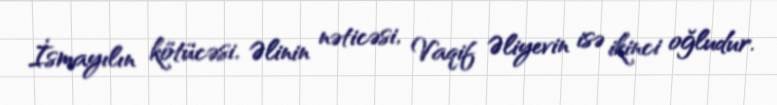
İsmayılın kötücəsi, Əlinin nəticəsi, Vaqif Əliyevin isə ikinci oğludur.